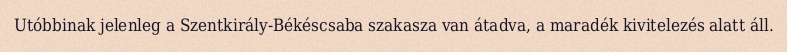
Utóbbinak jelenleg a Szentkirály-Békéscsaba szakasza van átadva, a maradék kivitelezés alatt áll.